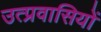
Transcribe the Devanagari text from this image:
उत्प्रवासियों